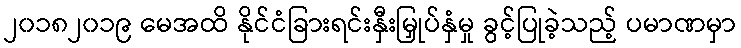
၂၀၁၈၂၀၁၉ မေအထိ နိုင်ငံခြားရင်းနှီးမြှုပ်နှံမှု ခွင့်ပြုခဲ့သည့် ပမာဏမှာ